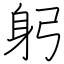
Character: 躬